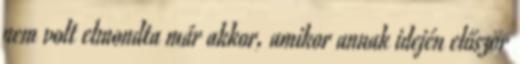
nem volt elmondta már akkor, amikor annak idején először